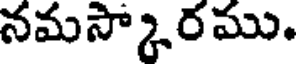
నమస్కారము.